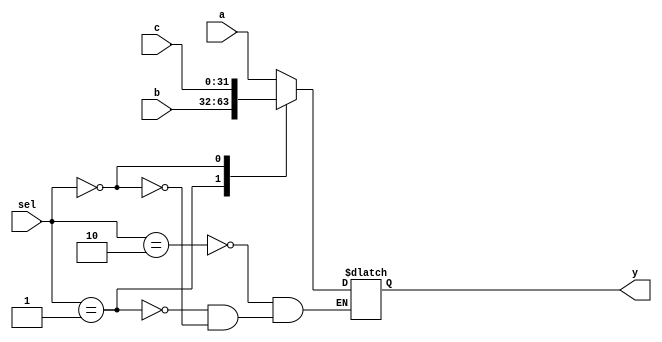
module mux3x1(
    input [31:0]      a,
    input [31:0]      b,
    input [31:0]      c,
    input [1:0]       sel,
    output reg [31:0] y
);

    always @(*) begin
        case(sel)
            2'h2 : y = a;
            2'h1 : y = b;
            2'h0 : y = c;
        endcase    
    end
endmodule